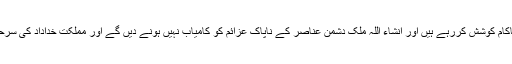
انہوں نے کہا کہ دہشتگرد قومی وحدت کو نقصان پہنچانے کی ناکام کوشش کررہے ہیں اور انشاء اللہ ملک دشمن عناصر کے ناپاک عزائم کو کامیاب نہیں ہونے دیں گے اور مملکت خداداد کی سرحدوں کی حفاظت اور اپنے بچوں کا بہتر مستقبل یقینی بنایاجائیگا۔